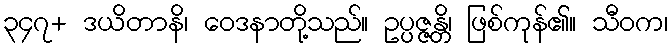
၃၄၇+ ဒယိတာနိ၊ ဝေဒနာတို့သည်။ ဥပ္ပဇ္ဇန္တိ၊ ဖြစ်ကုန်၏။ သီဝက၊